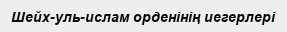
Шейх-уль-ислам орденінің иегерлері